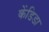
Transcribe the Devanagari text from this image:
केंडिडा